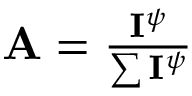
\begin{array} { r } { \mathbf { A } = \frac { \mathbf { I } ^ { \psi } } { \sum \mathbf { I } ^ { \psi } } } \end{array}